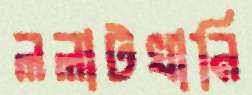
ললাটখানি